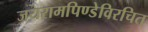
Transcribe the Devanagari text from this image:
जयरामपिण्डेविरचित